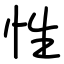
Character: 性